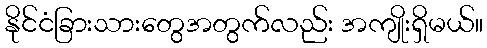
နိုင်ငံခြားသားတွေအတွက်လည်း အကျိုးရှိမယ်။